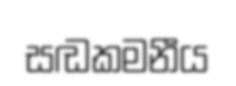
සඬකමනීය